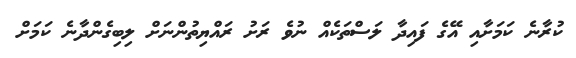
ކުރާނެ ކަމަށާއި އޭގެ ފައިދާ ލަސްތަކެއް ނުވެ ރަށު ރައްޔިތުންނަށް ލިބިގެންދާނެ ކަމަށް